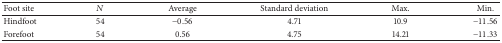
| Foot site | N | Average | Standard deviation | Max. | Min. |
 | --- | --- | --- | --- | --- | --- |
 | Hindfoot | 54 | −0.56 | 4.71 | 10.9 | −11.56 |
 | Forefoot | 54 | 0.56 | 4.75 | 14.21 | −11.33 |